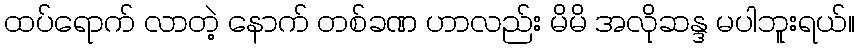
ထပ်ရောက် လာတဲ့ နောက် တစ်ခဏ ဟာလည်း မိမိ အလိုဆန္ဒ မပါဘူးရယ်။